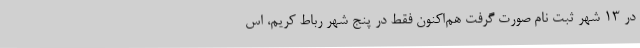
در ۱۳ شهر ثبت نام صورت گرفت هم‌اکنون فقط در پنج شهر رباط کریم، اس